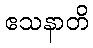
ဧသနာတိ